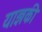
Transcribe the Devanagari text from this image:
याज्ञकी